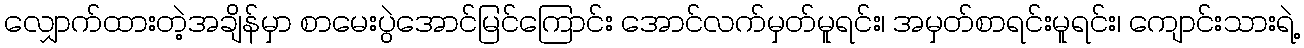
လျှောက်ထားတဲ့အချိန်မှာ စာမေးပွဲအောင်မြင်ကြောင်း အောင်လက်မှတ်မူရင်း၊ အမှတ်စာရင်းမူရင်း၊ ကျောင်းသားရဲ့